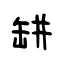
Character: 缾